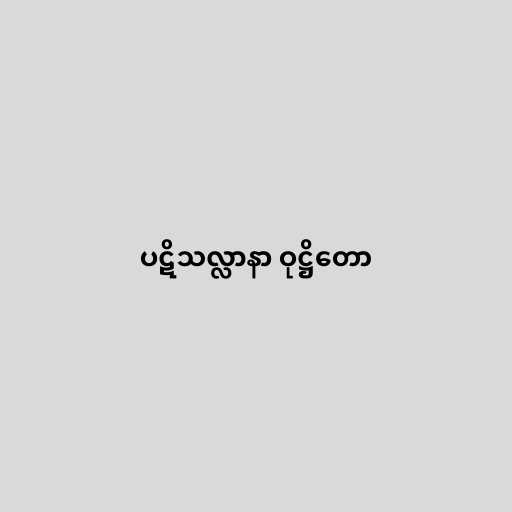
ပဋိသလ္လာနာ ဝုဋ္ဌိတော